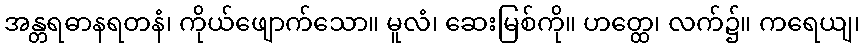
အန္တရဓာနရတနံ၊ ကိုယ်ဖျောက်သော။ မူလံ၊ ဆေးမြစ်ကို။ ဟတ္ထေ၊ လက်၌။ ကရေယျ၊